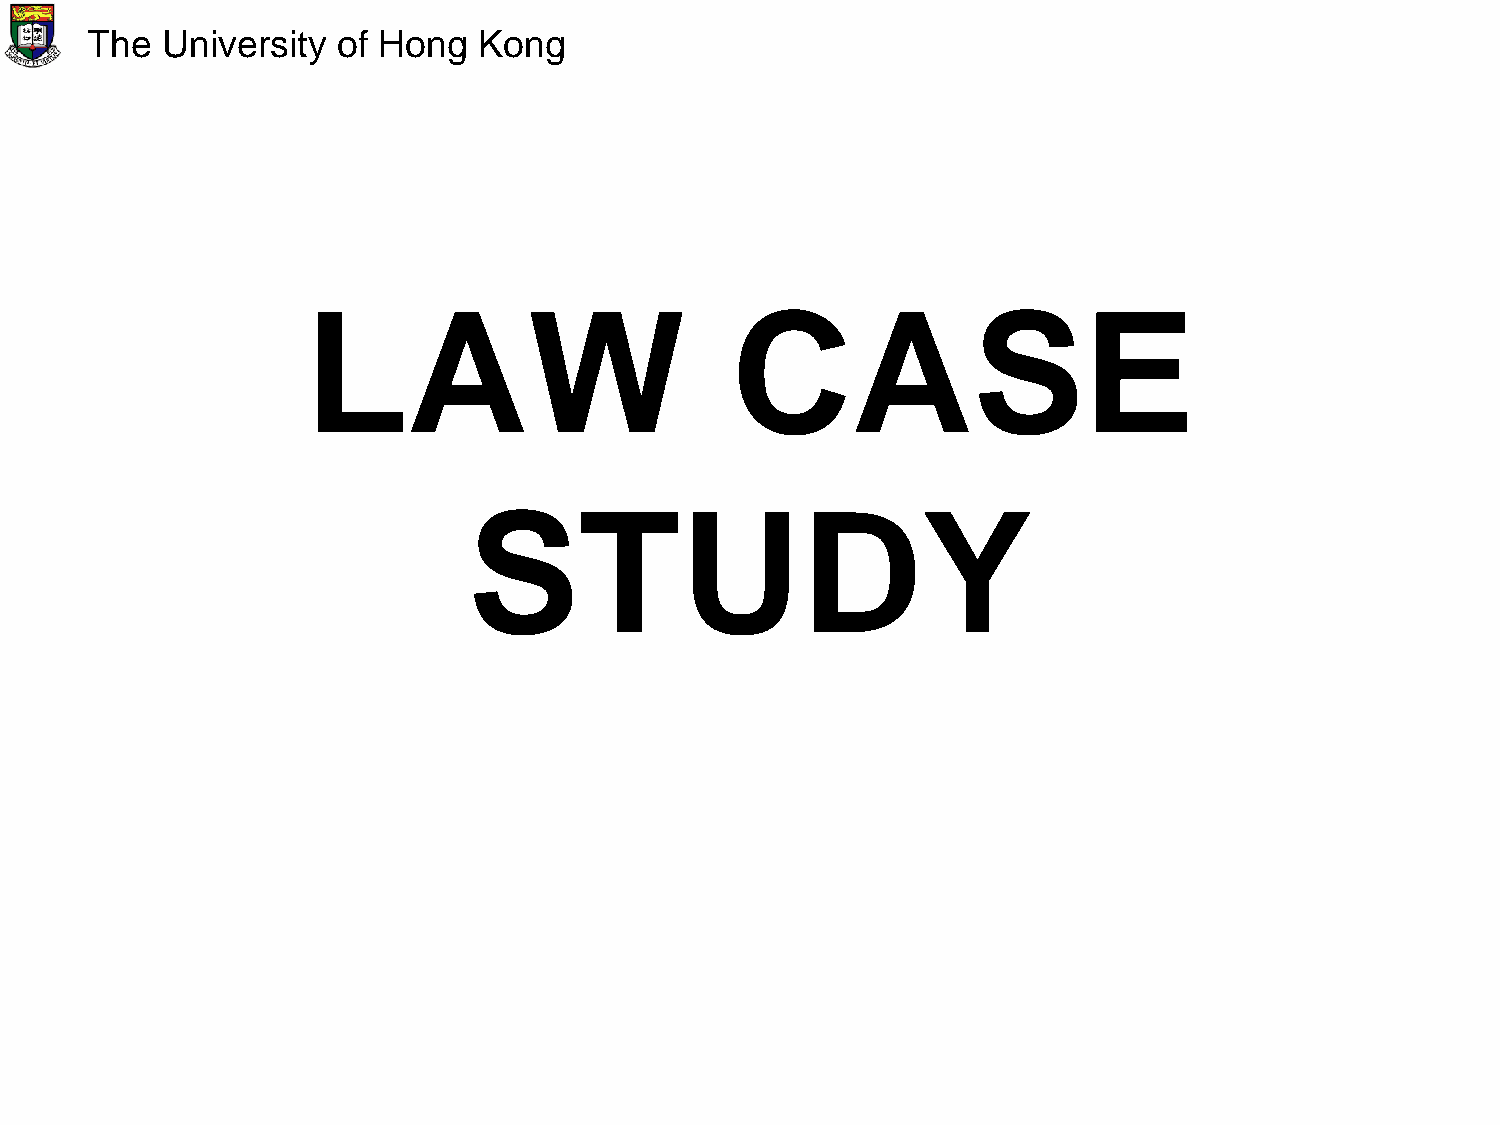
The  University of Hong   Kong
 LAW                         CASE
 STUDY